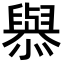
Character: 𢣟